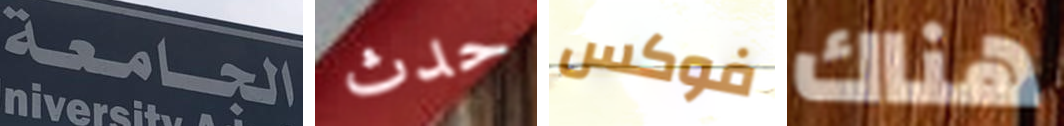
الجامعة حدث فوكس هناك